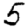
Digit: 5